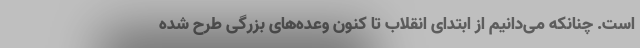
است. چنانکه می‌دانیم از ابتدای انقلاب تا کنون وعده‌های بزرگی طرح شده